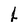
Character: j